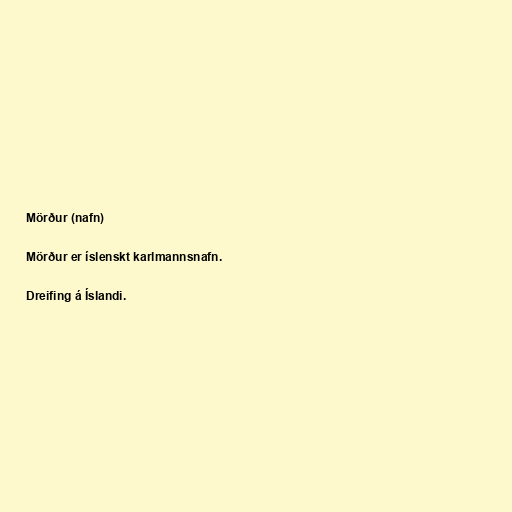
Mörður (nafn)

Mörður er íslenskt karlmannsnafn.

Dreifing á Íslandi.